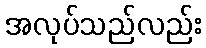
အလုပ်သည်လည်း